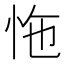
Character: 𢘬